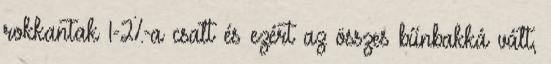
rokkantak 1-2%-a csalt és ezért az összes bűnbakká vált,